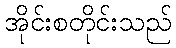
အိုင်းစတိုင်းသည်